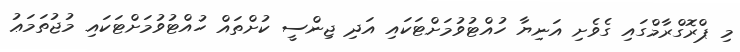
މި ޕްރޮގްރާމްގައި ގެވެށި އަނިޔާ ހުއްޓުވުމަށްޓަކައި އަދި ޖިންސީ ކުށްތައް ހުއްޓުވުމަށްޓަކައި މުޖުތަމަޢު